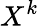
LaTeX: X^{k}